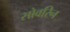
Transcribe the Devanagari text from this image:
सोवरिन